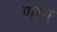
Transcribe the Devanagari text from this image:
णाग